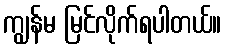
ကျွန်မ မြင်လိုက်ရပါတယ်။